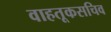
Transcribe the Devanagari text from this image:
वाहतूकसचिव